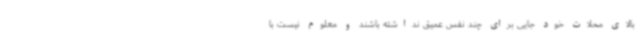
بالای محلات خود جایی برای چند نفس عمیق نداشته باشند و معلوم نیست با